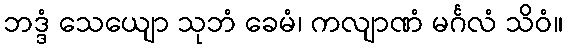
ဘဒ္ဒံ သေယျော သုဘံ ခေမံ၊ ကလျာဏံ မင်္ဂလံ သိဝံ။